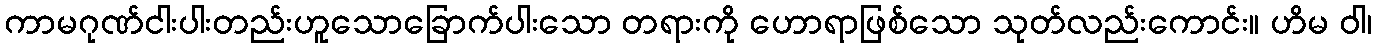
ကာမဂုဏ်ငါးပါးတည်းဟူသောခြောက်ပါးသော တရားကို ဟောရာဖြစ်သော သုတ်လည်းကောင်း။ ဟိမ ဝါ၊